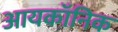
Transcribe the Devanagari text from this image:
आयकॉनिक